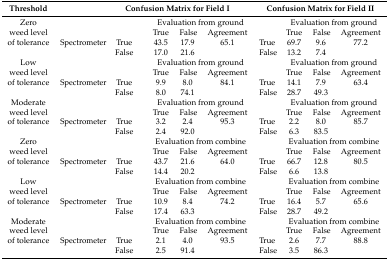
<table><thead><tr><td><b>Threshold</b></td><td></td><td colspan="4"><b>Confusion Matrix for Field I</b></td><td colspan="4"><b>Confusion Matrix for Field II</b></td></tr></thead><tbody><tr><td>Zero</td><td></td><td></td><td colspan="3">Evaluation from ground</td><td></td><td colspan="3">Evaluation from ground </td></tr><tr><td>weed level</td><td></td><td></td><td>True</td><td>False</td><td>Agreement</td><td></td><td>True</td><td>False</td><td>Agreement</td></tr><tr><td>of tolerance</td><td>Spectrometer</td><td>True</td><td>43.5</td><td>17.9</td><td>65.1</td><td>True</td><td>69.7</td><td>9.6</td><td>77.2</td></tr><tr><td></td><td></td><td>False</td><td>17.0</td><td>21.6</td><td></td><td>False</td><td>13.2</td><td>7.4</td><td></td></tr><tr><td>Low </td><td></td><td></td><td colspan="3">Evaluation from ground</td><td></td><td colspan="3">Evaluation from ground</td></tr><tr><td>weed level</td><td></td><td></td><td>True</td><td>False</td><td>Agreement</td><td></td><td>True</td><td>False</td><td>Agreement</td></tr><tr><td>of tolerance</td><td>Spectrometer</td><td>True</td><td>9.9</td><td>8.0</td><td>84.1</td><td>True</td><td>14.1</td><td>7.9</td><td>63.4</td></tr><tr><td></td><td></td><td>False</td><td>8.0</td><td>74.1</td><td></td><td>False</td><td>28.7</td><td>49.3</td><td></td></tr><tr><td>Moderate </td><td></td><td></td><td colspan="3">Evaluation from ground</td><td></td><td colspan="3">Evaluation from ground</td></tr><tr><td>weed level</td><td></td><td></td><td>True</td><td>False</td><td>Agreement</td><td></td><td>True</td><td>False</td><td>Agreement</td></tr><tr><td>of tolerance</td><td>Spectrometer</td><td>True</td><td>3.2</td><td>2.4</td><td>95.3</td><td>True</td><td>2.2</td><td>8.0</td><td>85.7</td></tr><tr><td></td><td></td><td>False</td><td>2.4</td><td>92.0</td><td></td><td>False</td><td>6.3</td><td>83.5</td><td></td></tr><tr><td>Zero</td><td></td><td></td><td colspan="3">Evaluation from combine</td><td></td><td colspan="3">Evaluation from combine</td></tr><tr><td>weed level</td><td></td><td></td><td>True</td><td>False</td><td>Agreement</td><td></td><td>True</td><td>False</td><td>Agreement</td></tr><tr><td>of tolerance</td><td>Spectrometer</td><td>True</td><td>43.7</td><td>21.6</td><td>64.0</td><td>True</td><td>66.7</td><td>12.8</td><td>80.5</td></tr><tr><td></td><td></td><td>False</td><td>14.4</td><td>20.2</td><td></td><td>False</td><td>6.6</td><td>13.8</td><td></td></tr><tr><td>Low </td><td></td><td></td><td colspan="3">Evaluation from combine</td><td></td><td colspan="3">Evaluation from combine</td></tr><tr><td>weed level</td><td></td><td></td><td>True</td><td>False</td><td>Agreement</td><td></td><td>True</td><td>False</td><td>Agreement</td></tr><tr><td>of tolerance</td><td>Spectrometer</td><td>True</td><td>10.9</td><td>8.4</td><td>74.2</td><td>True</td><td>16.4</td><td>5.7</td><td>65.6</td></tr><tr><td></td><td></td><td>False</td><td>17.4</td><td>63.3</td><td></td><td>False</td><td>28.7</td><td>49.2</td><td></td></tr><tr><td>Moderate </td><td></td><td></td><td colspan="3">Evaluation from combine</td><td></td><td colspan="3">Evaluation from combine</td></tr><tr><td>weed level</td><td></td><td></td><td>True</td><td>False</td><td>Agreement</td><td></td><td>True</td><td>False</td><td>Agreement</td></tr><tr><td>of tolerance</td><td>Spectrometer</td><td>True</td><td>2.1</td><td>4.0</td><td>93.5</td><td>True</td><td>2.6</td><td>7.7</td><td>88.8</td></tr><tr><td></td><td></td><td>False</td><td>2.5</td><td>91.4</td><td></td><td>False</td><td>3.5</td><td>86.3</td><td></td></tr></tbody></table>